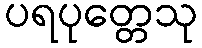
ပရပုတ္တေသု